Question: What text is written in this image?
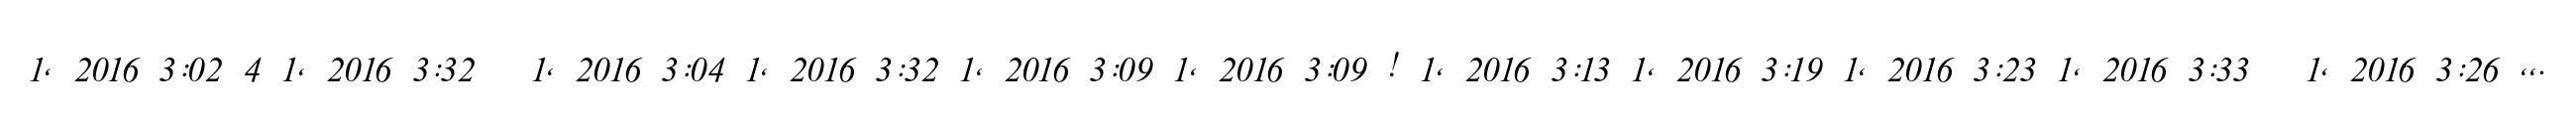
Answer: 1, 2016 3:02 4 1, 2016 3:32 ? 1, 2016 3:04 1, 2016 3:32 1, 2016 3:09 1, 2016 3:09 ! 1, 2016 3:13 1, 2016 3:19 1, 2016 3:23 1, 2016 3:33 ? 1, 2016 3:26 ,,.